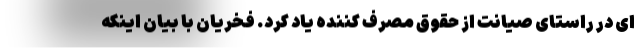
ای در راستای صیانت از حقوق مصرف کننده یاد کرد. فخریان با بیان اینکه